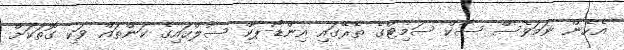
އެހެން ނަމަވެސް ސާކް ސަމިޓްގެ ތެރޭގައި އިންޑޯ-ޕާކް ސުލްހައިގެ ކަންތައް ވަކި ގޮތަކަށް